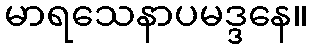
မာရသေနာပမဒ္ဒနေ။